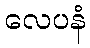
လေပနံ